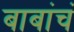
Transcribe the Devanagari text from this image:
बाबांचं